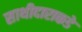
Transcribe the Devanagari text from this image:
साथीदाराकडे